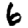
Digit: 6